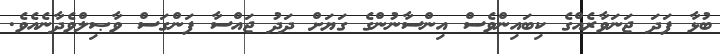
ބުޅާ ފަދަ ޖަނަވާރެއްގެ ކިބައިންވެސް އިންސާނުންގެ ގަޔަށް ދަދު ޖައްސާ ފަންގަސް ވާޞިލްވެދާނެއެވެ.